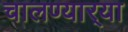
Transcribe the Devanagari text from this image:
चालण्यार्‍या